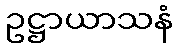
ဥဋ္ဌာယာသနံ